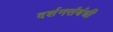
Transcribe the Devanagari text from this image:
दर्शनसंबंधी